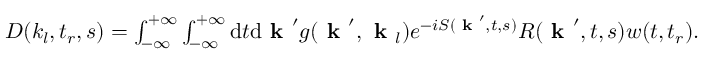
\begin{array} { r } { D ( k _ { l } , t _ { r } , s ) = \int _ { - \infty } ^ { + \infty } \int _ { - \infty } ^ { + \infty } \mathrm { d } t \mathrm { d } \textbf { k } ^ { \prime } g ( \textbf { k } ^ { \prime } , \textbf { k } _ { l } ) e ^ { - i S ( \textbf { k } ^ { \prime } , t , s ) } R ( \textbf { k } ^ { \prime } , t , s ) w ( t , t _ { r } ) . } \end{array}